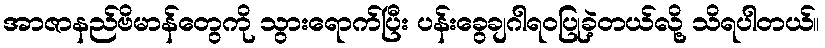
အာဇာနည်ဗိမာန်တွေကို သွားရောက်ပြီး ပန်းခွေချဂါရဝပြုခဲ့တယ်လို့ သိရပါတယ်။